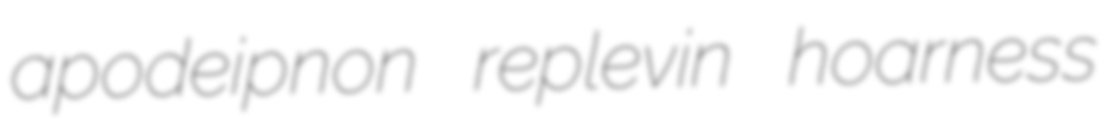
apodeipnon replevin hoarness